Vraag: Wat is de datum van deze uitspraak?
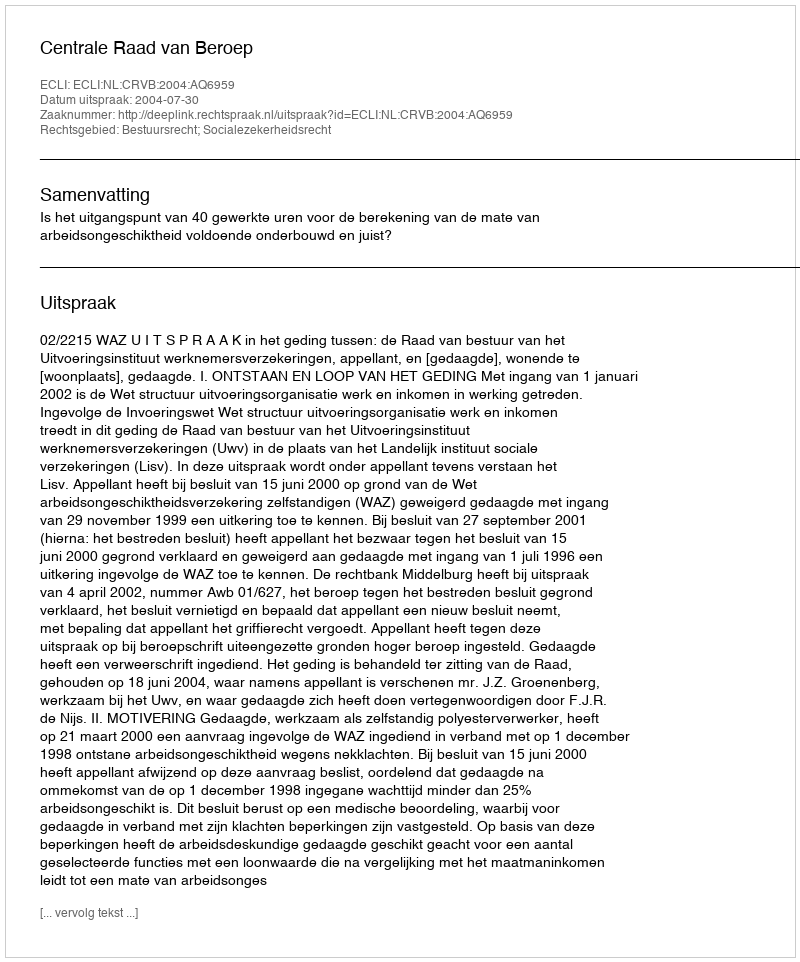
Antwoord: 2004-07-30